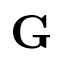
\mathbf { G }